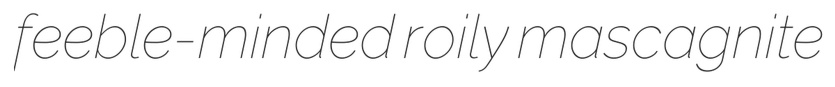
feeble-minded roily mascagnite